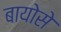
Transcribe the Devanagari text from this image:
बायोसे